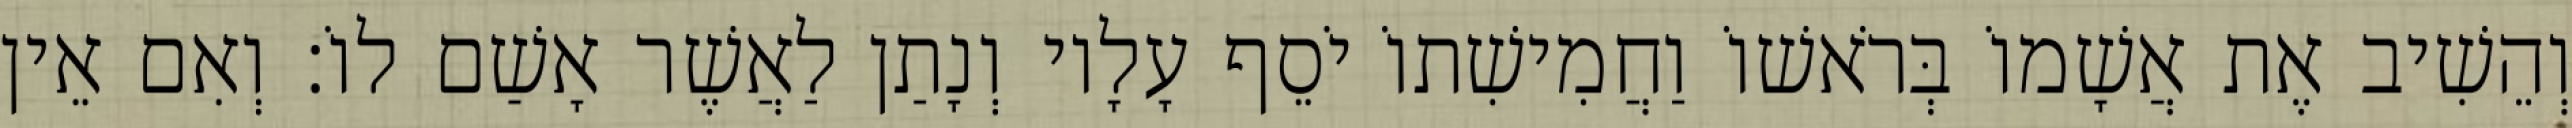
וְהֵשִׁיב אֶת אֲשָׁמוֹ בְּרֹאשׁוֹ וַחֲמִישִׁתוֹ יֹסֵף עָלָיו וְנָתַן לַאֲשֶׁר אָשַׁם לוֹ׃ וְאִם אֵין